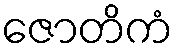
ဇောတိကံ